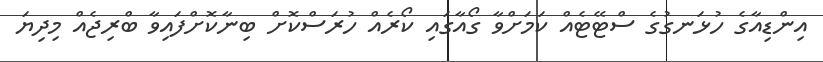
އިންޑިއާގެ ހުޅަނގުގެ ސްޓޭޓެއް ކަމަށްވާ ގޯއާގައި ކޯރެއް ހުރަސްކޮށް ބިނާކޮށްފައިވާ ބްރިޖެއް މިދިޔަ